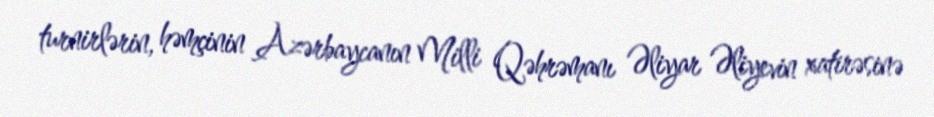
turnirlərin, həmçinin Azərbaycanın Milli Qəhrəmanı Əliyar Əliyevin xatirəsinə